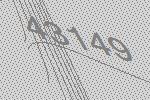
43149